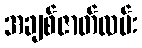
အချစ်ဇာတ်လမ်း